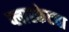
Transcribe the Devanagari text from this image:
प्लास्केटचा